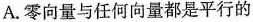
A.零向量与任何向量都是平行的